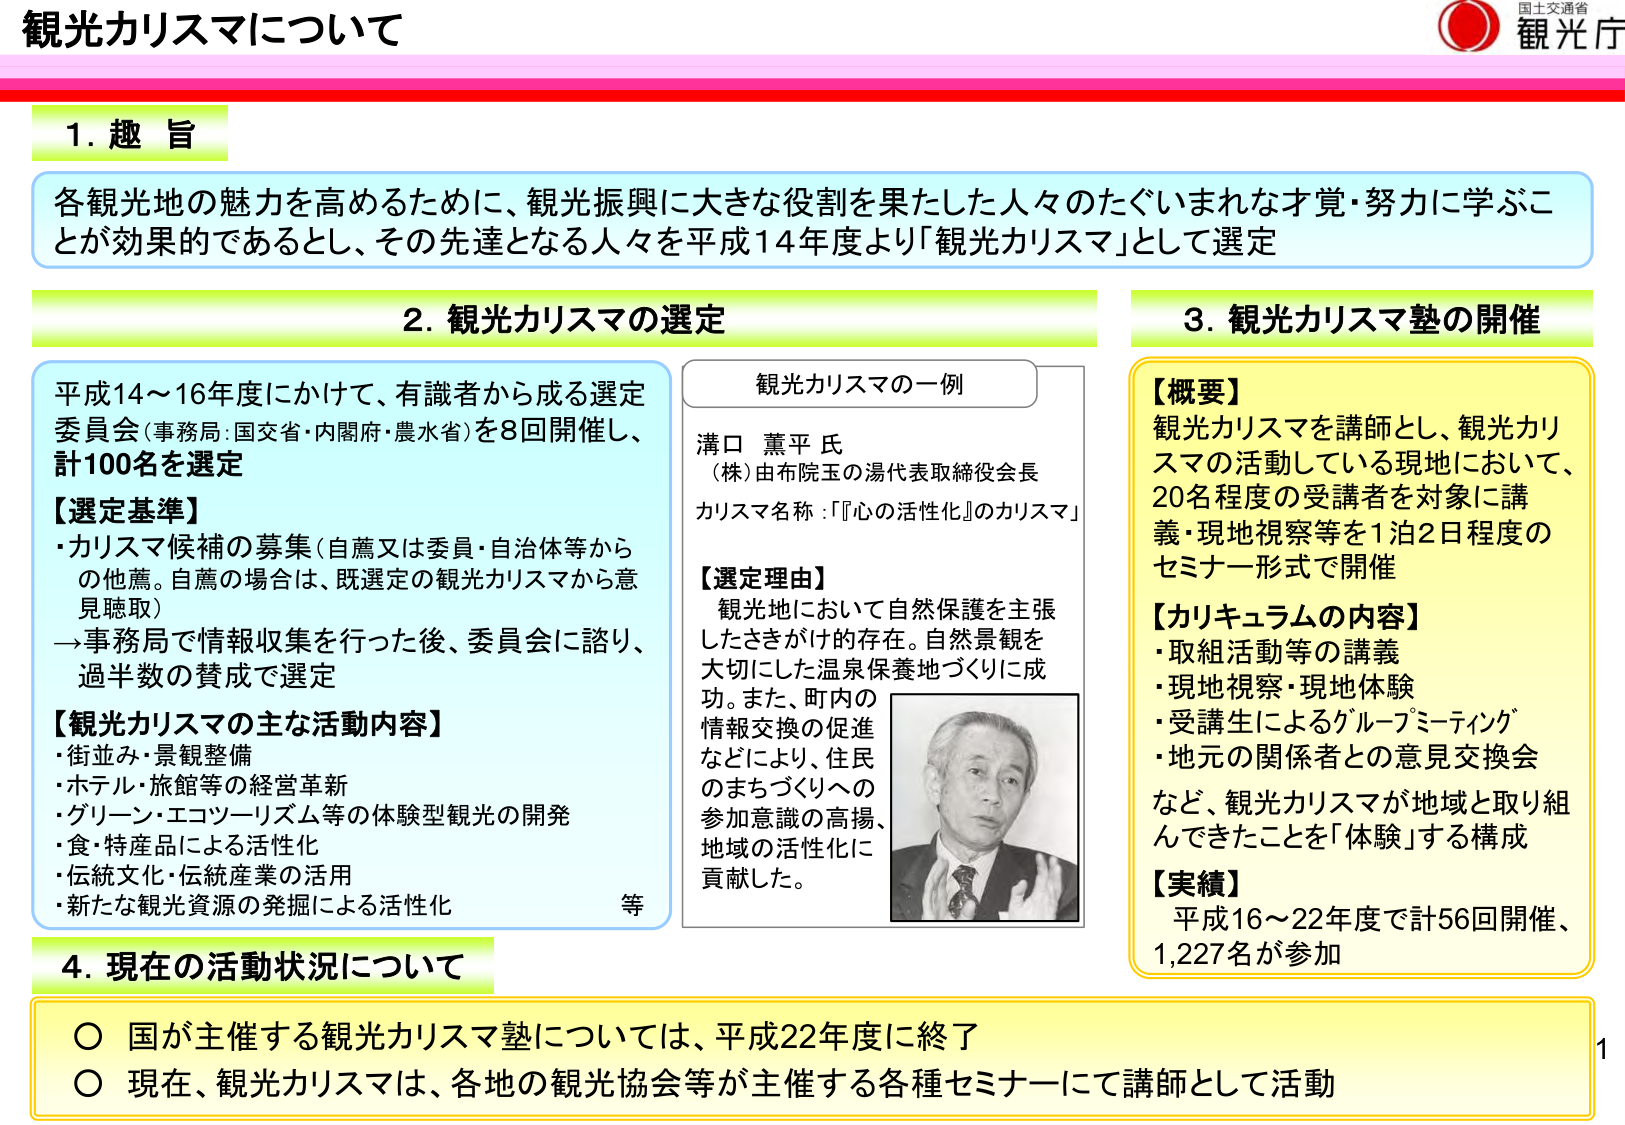
観光カリスマについて

1. 趣 旨
各観光地の魅力を高めるために、観光振興に大きな役割を果たした人々のたぐいまれな才覚・努力に学ぶことが効果的であるとし、その先達となる人々を平成14年度より「観光カリスマ」として選定

2. 観光カリスマの選定
平成14～16年度にかけて、有識者から成る選定委員会（事務局：国交省・内閣府・農水省）を8回開催し、計100名を選定

【選定基準】
・カリスマ候補の募集（自薦又は委員・自治体等からの他薦。自薦の場合は、既選定の観光カリスマから意見聴取）
→事務局で情報収集を行った後、委員会に諮り、過半数の賛成で選定

【観光カリスマの主な活動内容】
・街並み・景観整備
・ホテル・旅館等の経営革新
・グリーン・エコツーリズム等の体験型観光の開発
・食・特産品による活性化
・伝統文化・伝統産業の活用
・新たな観光資源の発掘による活性化
等

観光カリスマの一例
溝口 薫平 氏
（株）由布院玉の湯代表取締役会長
カリスマ名称：「『心の活性化』のカリスマ」

【選定理由】
観光地において自然保護を主張したさきがけ的存在。自然景観を大切にした温泉保養地づくりに成功。また、町内の情報交換の促進などにより、住民のまちづくりへの参加意識の高揚、地域の活性化に貢献した。

3. 観光カリスマ塾の開催
【概要】
観光カリスマを講師とし、観光カリスマの活動している現地において、20名程度の受講者を対象に講義・現地視察等を1泊2日程度のセミナー形式で開催

【カリキュラムの内容】
・取組活動等の講義
・現地視察・現地体験
・受講生によるグループミーティング
・地元の関係者との意見交換会
など、観光カリスマが地域と取り組んできたことを「体験」する構成

【実績】
平成16～22年度で計56回開催、1,227名が参加

4. 現在の活動状況について
○ 国が主催する観光カリスマ塾については、平成22年度に終了
○ 現在、観光カリスマは、各地の観光協会等が主催する各種セミナーにて講師として活動

国士交通省
観光庁
1